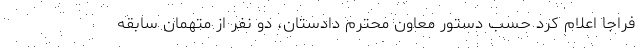
فراجا اعلام کرد حسب دستور معاون محترم دادستان، دو نفر از متهمان سابقه